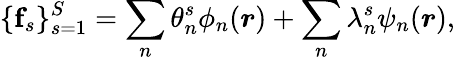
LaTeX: \{ \mathbf{f}_{s}\} _{s=1}^{S}=\sum_{n}\theta_{n}^{s}\phi_{n}(\boldsymbol{r})+\sum_{n}\lambda_{n}^{s}\psi_{n}(\boldsymbol{r}),